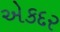
એકદર